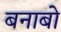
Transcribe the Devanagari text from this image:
बनाबो